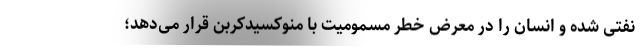
نفتی شده و انسان را در معرض خطر مسمومیت با منوکسیدکربن قرار می‌دهد؛